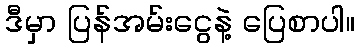
ဒီမှာ ပြန်အမ်းငွေနဲ့ ပြေစာပါ။